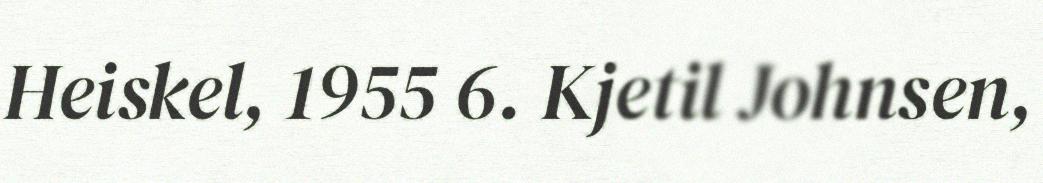
Heiskel, 1955 6. Kjetil Johnsen,